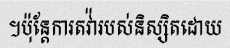
។ប៉ុន្តែការតវ៉ារបស់និស្សិតដោយ